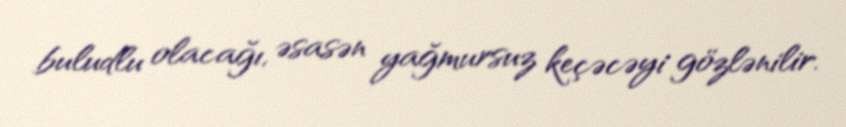
buludlu olacağı, əsasən yağmursuz keçəcəyi gözlənilir.